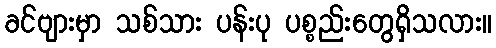
ခင်ဗျားမှာ သစ်သား ပန်းပု ပစ္စည်းတွေရှိသလား။